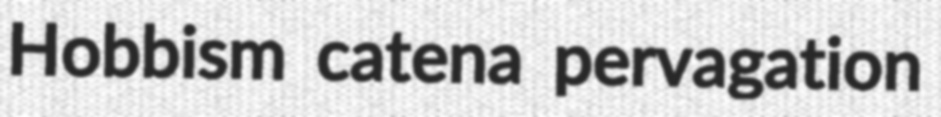
Hobbism catena pervagation